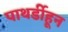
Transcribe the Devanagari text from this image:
पाथर्डीहून